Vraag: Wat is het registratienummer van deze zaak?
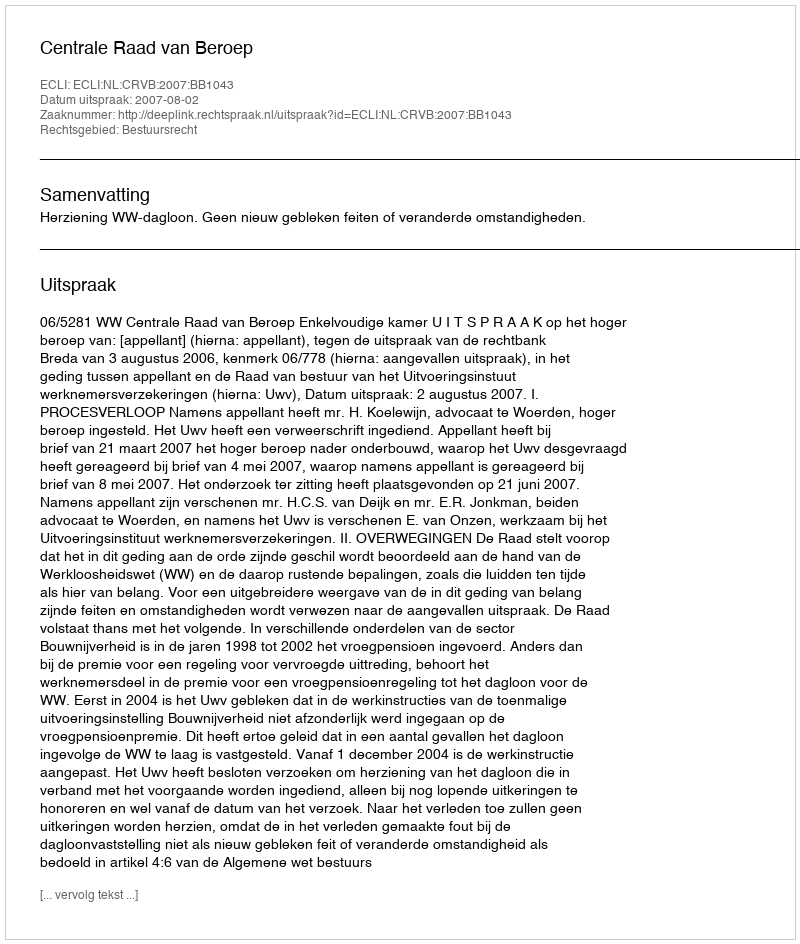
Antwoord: http://deeplink.rechtspraak.nl/uitspraak?id=ECLI:NL:CRVB:2007:BB1043